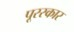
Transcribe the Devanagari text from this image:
पूरस्कार